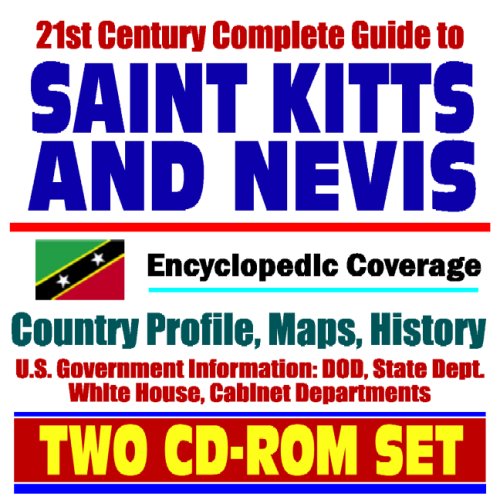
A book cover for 21st Century Complete Guide to St. Kitts and St. Nevis - Encyclopedic Coverage, Country Profile, History, DOD, State Dept., White House, CIA Factbook (Two CD-ROM Set); U.S. Government; Travel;